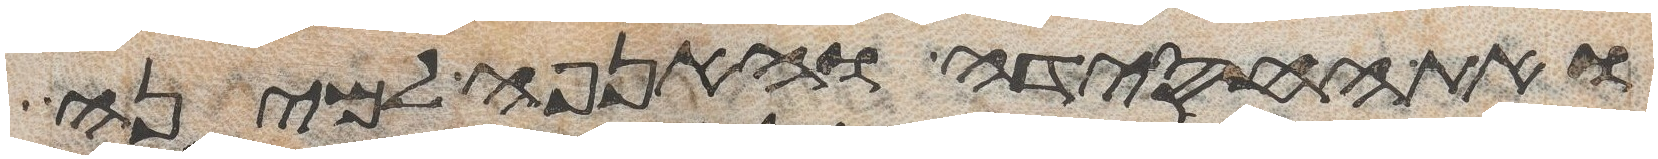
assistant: ואת החסידה והאנפה למינה